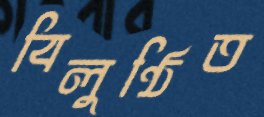
বিলুণ্ঠিত